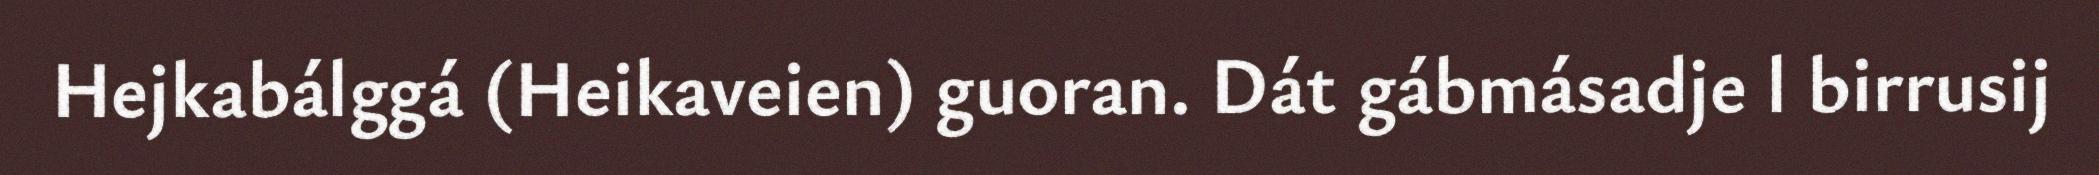
Hejkabálggá (Heikaveien) guoran. Dát gábmásadje l birrusij